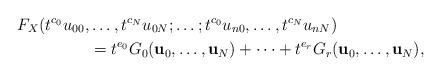
LaTeX: \begin{align*}F_X(t^{c_0}u_{00},&\ldots,t^{c_N}u_{0N};\ldots ; t^{c_0}u_{n0},\ldots,t^{c_N}u_{nN})\\ & = t^{e_0}G_0(\textbf{u}_0,\ldots,\textbf{u}_N)+\cdots +t^{e_r}G_r(\textbf{u}_0,\ldots, \textbf{u}_N),\end{align*}